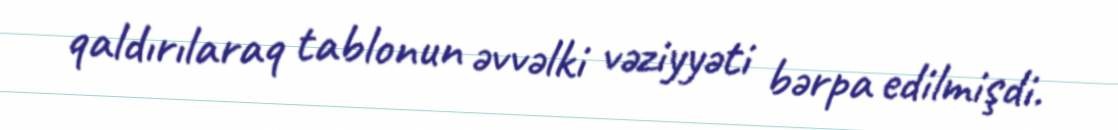
qaldırılaraq tablonun əvvəlki vəziyyəti bərpa edilmişdi.